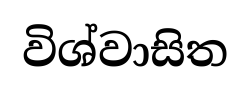
විශ්වාසිත